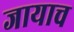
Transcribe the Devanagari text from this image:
जायाच